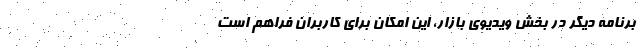
برنامه‌ دیگر در بخش ویدیوی بازار، این امکان برای کاربران فراهم است